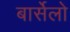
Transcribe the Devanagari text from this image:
बार्सेलो